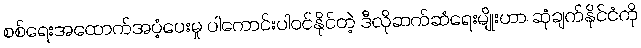
စစ်ရေးအထောက်အပံ့ပေးမှု ပါကောင်းပါဝင်နိုင်တဲ့ ဒီလိုဆက်ဆံရေးမျိုးဟာ ဆုံချက်နိုင်ငံကို